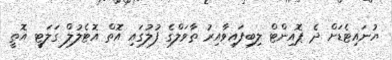
ޔުނައިޓެޑަށް ދެ ޕޮއިންޓް ލިބިފައިވާއިރު ތާވަލްގެ ފުލުގައި އޮތް އޮޓެލުލް ގަލަޓީ އޮތީ